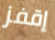
إقفز